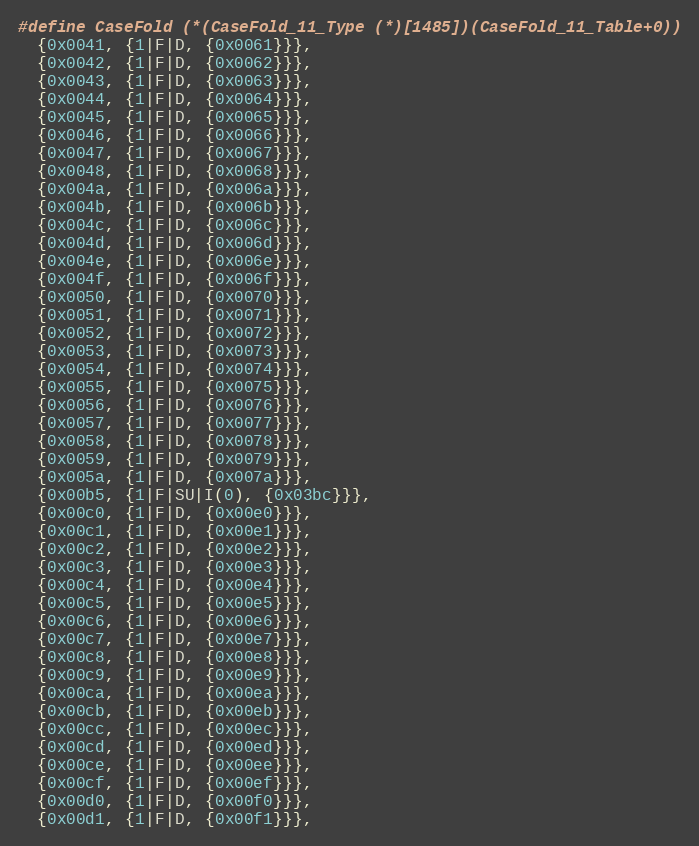
Language: C
#define CaseFold (*(CaseFold_11_Type (*)[1485])(CaseFold_11_Table+0))
  {0x0041, {1|F|D, {0x0061}}},
  {0x0042, {1|F|D, {0x0062}}},
  {0x0043, {1|F|D, {0x0063}}},
  {0x0044, {1|F|D, {0x0064}}},
  {0x0045, {1|F|D, {0x0065}}},
  {0x0046, {1|F|D, {0x0066}}},
  {0x0047, {1|F|D, {0x0067}}},
  {0x0048, {1|F|D, {0x0068}}},
  {0x004a, {1|F|D, {0x006a}}},
  {0x004b, {1|F|D, {0x006b}}},
  {0x004c, {1|F|D, {0x006c}}},
  {0x004d, {1|F|D, {0x006d}}},
  {0x004e, {1|F|D, {0x006e}}},
  {0x004f, {1|F|D, {0x006f}}},
  {0x0050, {1|F|D, {0x0070}}},
  {0x0051, {1|F|D, {0x0071}}},
  {0x0052, {1|F|D, {0x0072}}},
  {0x0053, {1|F|D, {0x0073}}},
  {0x0054, {1|F|D, {0x0074}}},
  {0x0055, {1|F|D, {0x0075}}},
  {0x0056, {1|F|D, {0x0076}}},
  {0x0057, {1|F|D, {0x0077}}},
  {0x0058, {1|F|D, {0x0078}}},
  {0x0059, {1|F|D, {0x0079}}},
  {0x005a, {1|F|D, {0x007a}}},
  {0x00b5, {1|F|SU|I(0), {0x03bc}}},
  {0x00c0, {1|F|D, {0x00e0}}},
  {0x00c1, {1|F|D, {0x00e1}}},
  {0x00c2, {1|F|D, {0x00e2}}},
  {0x00c3, {1|F|D, {0x00e3}}},
  {0x00c4, {1|F|D, {0x00e4}}},
  {0x00c5, {1|F|D, {0x00e5}}},
  {0x00c6, {1|F|D, {0x00e6}}},
  {0x00c7, {1|F|D, {0x00e7}}},
  {0x00c8, {1|F|D, {0x00e8}}},
  {0x00c9, {1|F|D, {0x00e9}}},
  {0x00ca, {1|F|D, {0x00ea}}},
  {0x00cb, {1|F|D, {0x00eb}}},
  {0x00cc, {1|F|D, {0x00ec}}},
  {0x00cd, {1|F|D, {0x00ed}}},
  {0x00ce, {1|F|D, {0x00ee}}},
  {0x00cf, {1|F|D, {0x00ef}}},
  {0x00d0, {1|F|D, {0x00f0}}},
  {0x00d1, {1|F|D, {0x00f1}}},